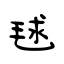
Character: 毬